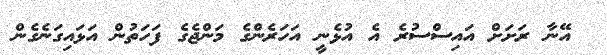
އޭނާ ރަށަށް އައިސްސުރެ އެ އުޅެނީ އަހަރެންގެ މަންޖެގެ ފަހަތުން އަޅައިގަނެގެން